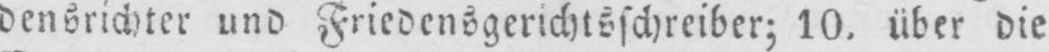
densrichter und Friedensgerichtsschreiber; 10. über die